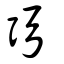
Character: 弜